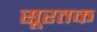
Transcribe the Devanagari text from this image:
सूरतक